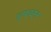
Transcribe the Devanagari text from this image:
डूफाइन